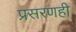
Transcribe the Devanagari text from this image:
प्रसरणही